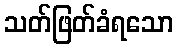
သတ်ဖြတ်ခံရသော